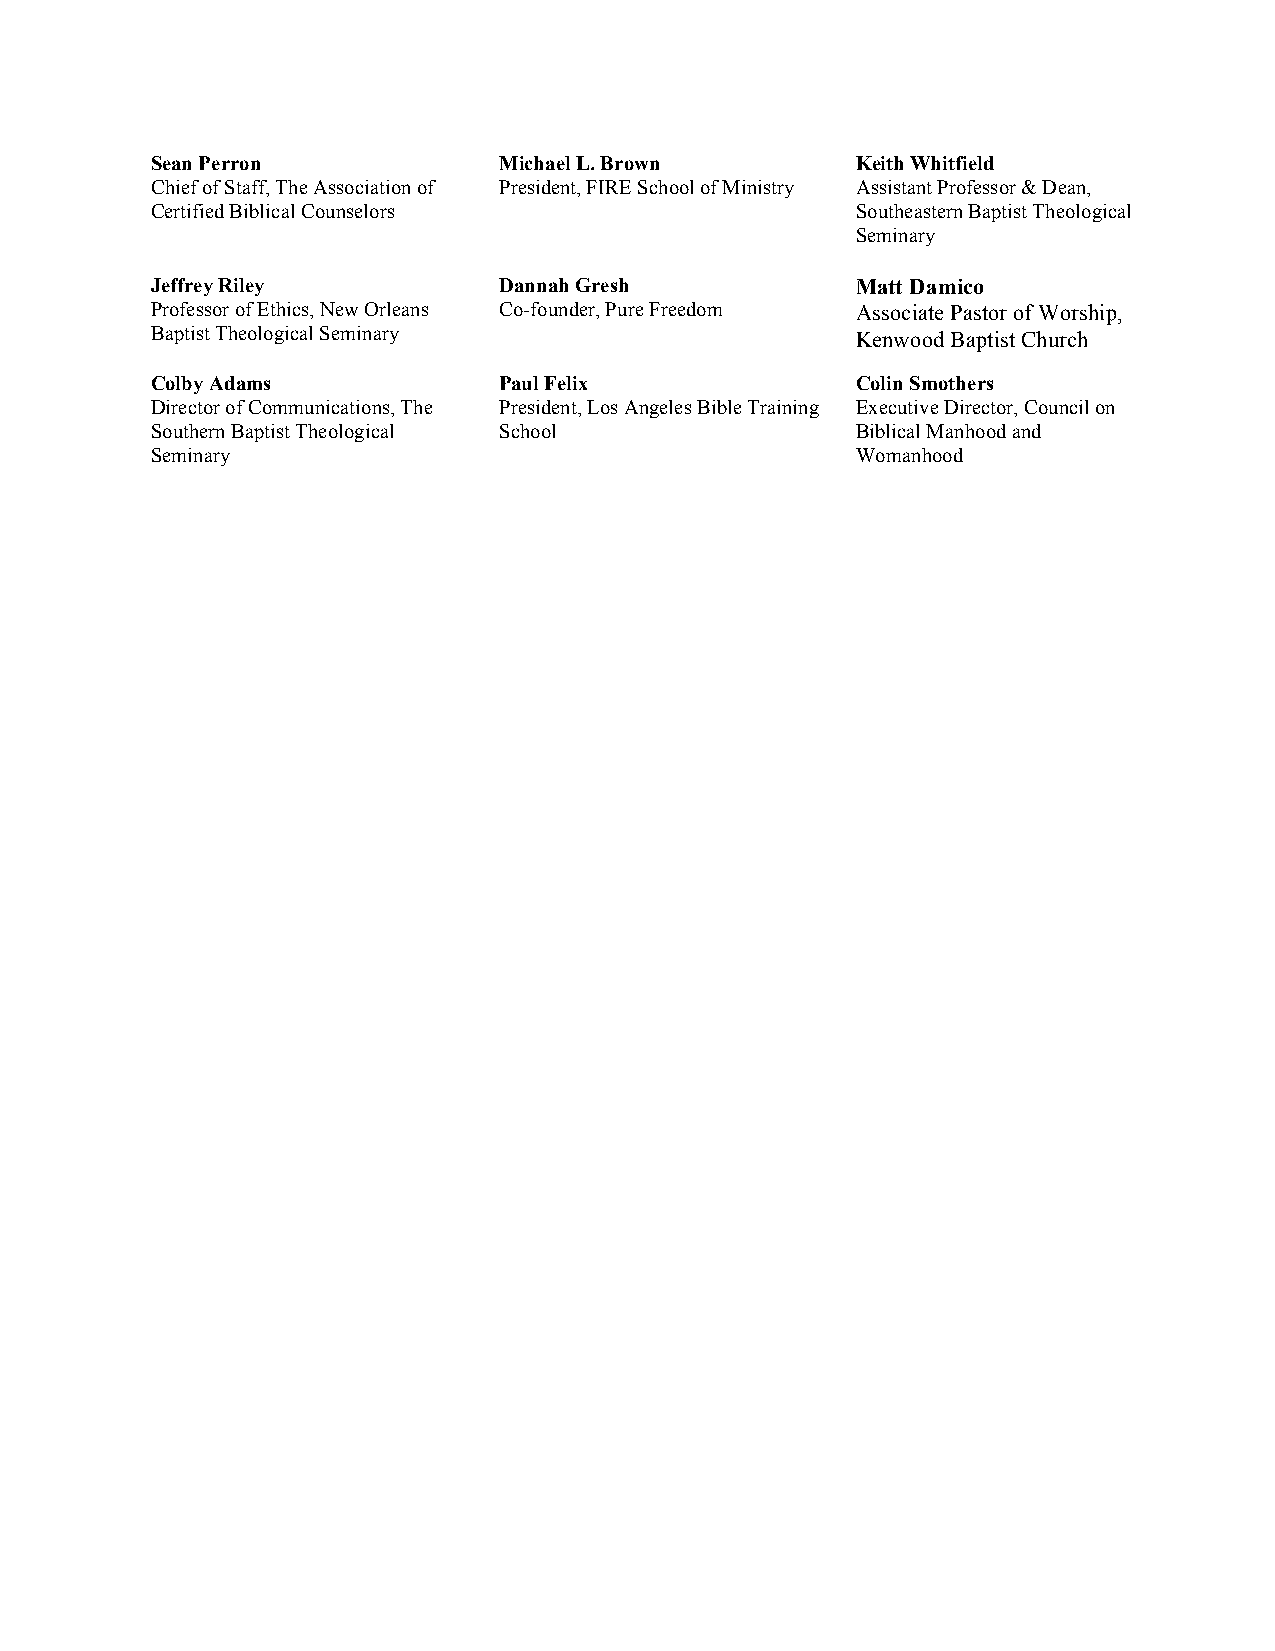
Sean Perron            Michael L. Brown        Keith Whitfield
 Chief of Staff, The Association of President, FIRE School of Ministry Assistant Professor & Dean,
 Certified Biblical Counselors                  Southeastern Baptist Theological
 Seminary
 Jeffrey Riley          Dannah Gresh            Matt Damico
 Professor of Ethics, New Orleans Co-founder, Pure Freedom Associate Pastor of Worship,
 Baptist Theological Seminary                   Kenwood Baptist Church
 Colby Adams            Paul Felix              Colin Smothers
 Director of Communications, The President, Los Angeles Bible Training Executive Director, Council on
 Southern Baptist Theological School            Biblical Manhood and
 Seminary                                       Womanhood